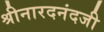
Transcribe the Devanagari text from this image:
श्रीनारदनंदजी